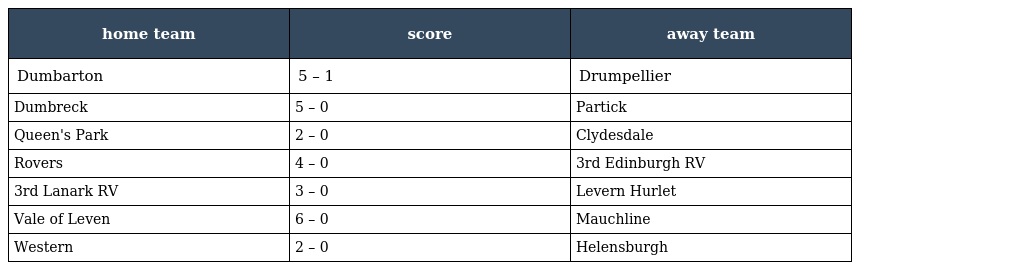
| home team | score | away team |
 | --- | --- | --- |
 | Dumbarton | 5 – 1 | Drumpellier |
 | Dumbreck | 5 – 0 | Partick |
 | Queen's Park | 2 – 0 | Clydesdale |
 | Rovers | 4 – 0 | 3rd Edinburgh RV |
 | 3rd Lanark RV | 3 – 0 | Levern Hurlet |
 | Vale of Leven | 6 – 0 | Mauchline |
 | Western | 2 – 0 | Helensburgh |